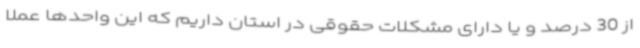
از 30 درصد و یا دارای مشکلات حقوقی در استان داریم که این واحدها عملا